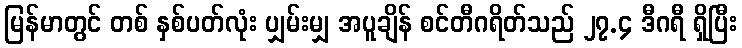
မြန်မာတွင် တစ် နှစ်ပတ်လုံး ပျှမ်းမျှ အပူချိန် စင်တီဂရိတ်သည် ၂၇.၄ ဒီဂရီ ရှိပြီး